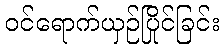
ဝင်ရောက်ယှဉ်ပြိုင်ခြင်း